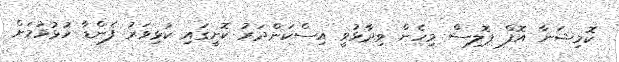
ކޮމިޝަނާ އޮފް ޕޮލިސް މިހެން ވިދާޅުވީ އިސްކަންދަރު ކޮށީގައި ކުޅިވަރު ފެންޑާ ހުޅުވުމަށް